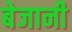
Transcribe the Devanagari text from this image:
बेजानी